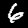
Label: 6